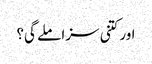
اور کتنی سزا ملے گی؟